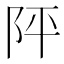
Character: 𨸶